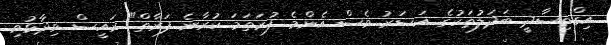
އިގްތިސާދީ ބަދަލުތަކުގެ އަސަރު ވެސް އެންމެ ފުރަތަމަ ކުރާނެ ފަރާތް" ރައީސް ވިދާޅުވި